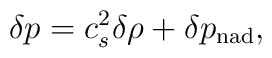
\delta p = c_s^2 \delta \rho + \delta p_{{\rm nad}},